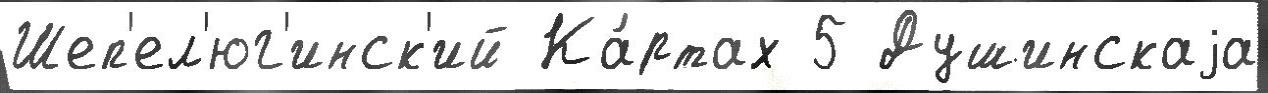
Шеп'ел'юг'инск'ий Ка́ртах 5 Душинскаjа